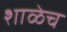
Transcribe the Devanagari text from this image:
शाळेच